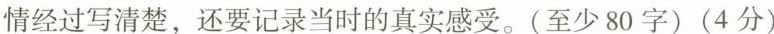
情经过写清楚，还要记录当时的真实感受。(至少80字)(4分)